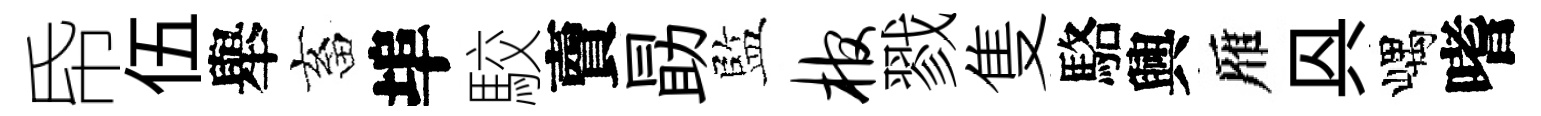
帋伍舉畜埠駮𧶠勗監棺戮隻駱興雁㒷嵎嗜